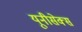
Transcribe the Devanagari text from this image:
यूनीसेक्स